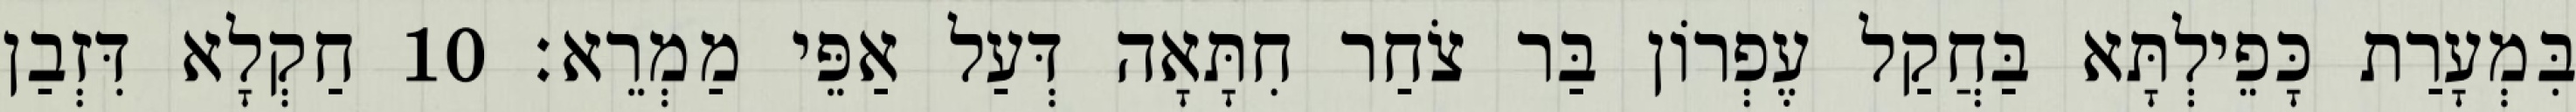
בִּמְעָרַת כָּפֵילְתָּא בַּחֲקַל עֶפְרוֹן בַּר צֹחַר חִתָּאָה דְּעַל אַפֵּי מַמְרֵא׃ 10 חַקְלָא דִּזְבַן